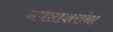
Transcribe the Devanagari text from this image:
नवसाक्षरांना